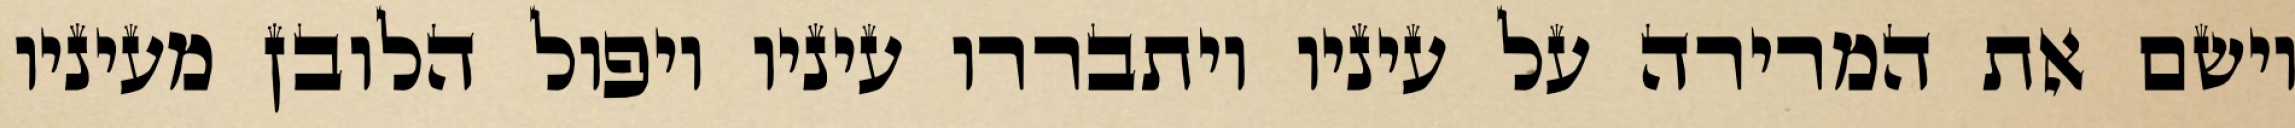
וישם את המרירה על עיניו ויתבררו עיניו ויפול הלובן מעיניו